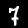
Label: 7